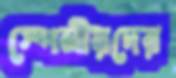
স্পেনীয়দের